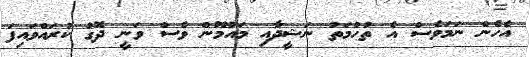
އެހެން ނަމަވެސް އެ ތުހުމަތު ނަޝީދާއި މައުމޫން ވެސް ވަނީ ދޮގު ކުރައްވައިފަ